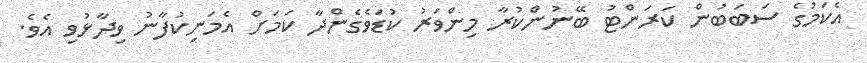
އެކަމުގެ ސަބަބުން ކަރަންޓު ބޭނުންކުރާ މިންވަރު ކުޑަވެގެންދާ ކަމަށް އެމަނިކުފާނު ވިދާޅުވި އެވެ.